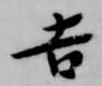
吉